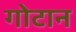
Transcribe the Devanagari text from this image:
गोटान